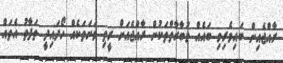
ރާއްޖެއިން ބައިވެރިވި ބައެއް މުބާރާތްތަކުން ރާއްޖެއަށް ރީތި ވަނަތަކެއް ހޯދައިދީ ތަފާތު އެތައް